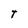
Character: T